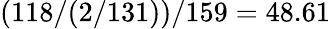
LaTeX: (118/(2/131))/159=48.61